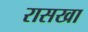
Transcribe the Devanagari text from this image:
रासखा